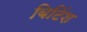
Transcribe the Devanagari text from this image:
बिटिंश